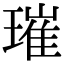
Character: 璀